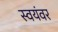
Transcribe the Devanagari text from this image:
स्‍वयंवर